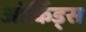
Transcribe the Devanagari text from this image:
ओर्किड्स